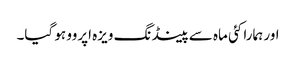
اور ہمارا کئی ماہ سے پینڈنگ ویزہ اپروو ہو گیا۔